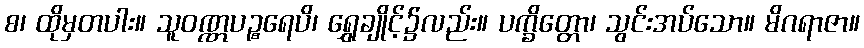
စ၊ ထိုမှတပါး။ သူဝဏ္ဏပဉ္စရေပိ၊ ရွှေချိုင့်၌လည်း။ ပက္ခိတ္တော၊ သွင်းအပ်သော။ မိဂရာဇာ။